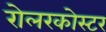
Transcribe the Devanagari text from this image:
रोलरकोस्टर